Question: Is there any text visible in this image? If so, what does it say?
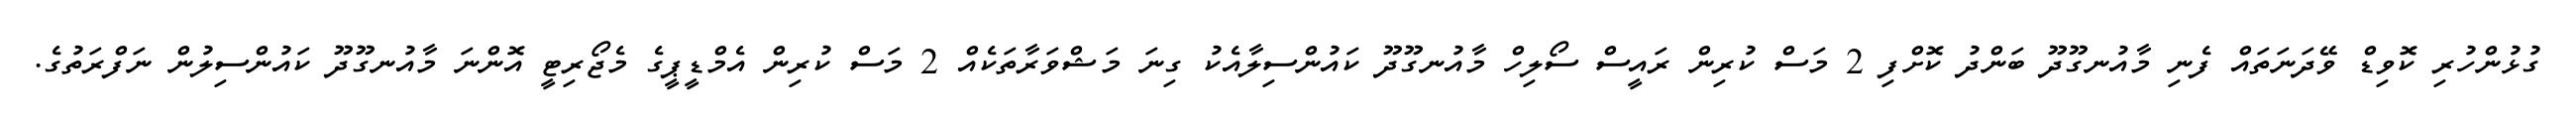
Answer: ގުޅުންހުރި ކޮވިޑް ވޭދަނަތައް ފެނި މާއުނގޫދޫ ބަންދު ކޮށްފި 2 މަސް ކުރިން ރައީސް ސޯލިހް މާއުނގޫދޫ ކައުންސިލާއެކު ގިނަ މަޝްވަރާތަކެއް 2 މަސް ކުރިން އެމްޑީޕީގެ މެޖޯރިޓީ އޮންނަ މާއުނގޫދޫ ކައުންސިލުން ނަފްރަތުގެ.